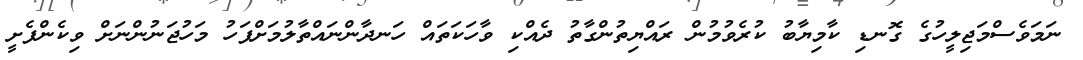
ނަމަވެސްމަޖިލީހުގެ ގޮނޑި ކާމިޔާބު ކުރެވުމުން ރައްޔިތުންގާތު ދެއްކި ވާހަކަތައް ހަނދާންނައްތާލުމަށްފަހު މަހުޖަނުންނަށް ވިކެންފެށީ